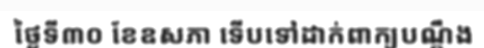
ថ្ងៃទី៣០ ខែឧសភា ទើបទៅដាក់ពាក្យបណ្តឹង